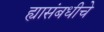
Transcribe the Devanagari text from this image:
ह्यासंबधीचे